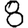
Digit: 8